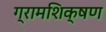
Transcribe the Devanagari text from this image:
ग्रामशिक्षण